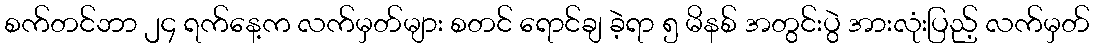
စက်တင်ဘာ ၂၄ ရက်နေ့က လက်မှတ်များ စတင် ရောင်ချ ခဲ့ရာ ၅ မိနစ် အတွင်းပွဲ အားလုံးပြည့် လက်မှတ်